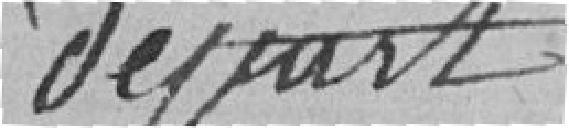
départ